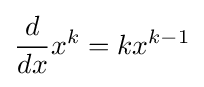
{\frac {d}{dx}}x^{k}=kx^{k-1}